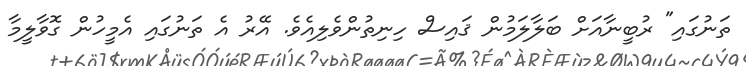
ތަނުގައި" ރުބީނާއަށް ބަލާލަމުން ޤައިސް ހިނިތުންވެލިއެވެ. އޭރު އެ ތަނުގައި އެމީހުން ގޮވާލީމާ